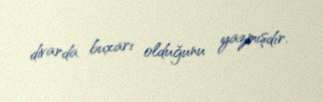
divarda buxarı olduğunu yazmışdır.